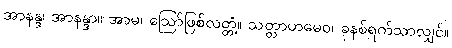
အာနန္ဒ၊ အာနန္ဒာ။ အာမ၊ ဩော်ဖြစ်လတ္တံ့။ သတ္တာဟမေဝ၊ ခုနစ်ရက်သာလျှင်။